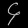
Digit: ၄